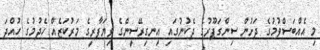
މި އެއްބަސްވުމުގެ ދަށުން ސިންގަޕޫރުގެ ދެކުނުގައި އިނގިރޭސީންގެ ވިޔަފާރީގެ މަރުކަޒެއް ހެދުމުގެ ހުއްދަ